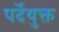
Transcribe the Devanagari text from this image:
पर्देयुक्त